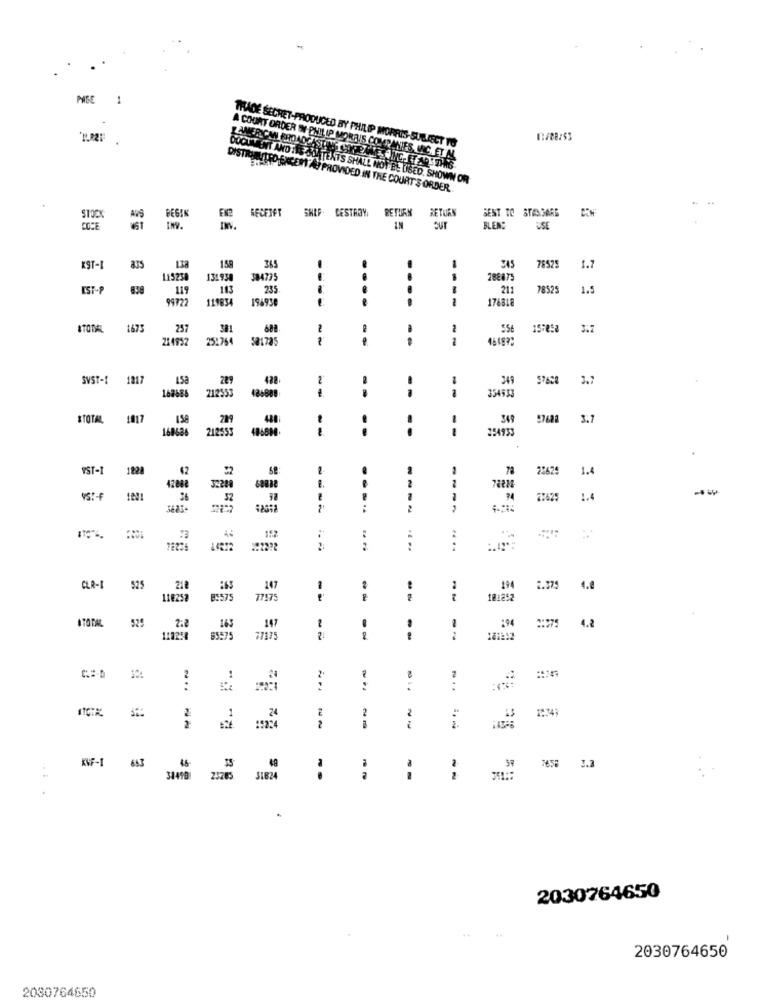
PSC
1
TRADE SECRET-PRODUCED BY PHILIP MORRIS-SUBJECT TO
A COURT ORDER IN PHILIP MORRIS COMPANIES INC. ET ML
DOCUMENT ANDTHE SUNTEXTS SHALL NOT EL LISED. SHOWN OR
HORACERTA PROVIDED IN THE COURT'S ORDER ..
BEGIN
RECEIPT
SHEF. CESTROY
RETURN
RETURN
SENT TO STARSARE
STOCK
A75
COSE
IN
BLEN
USE
158
75575
KST-
835
365
1.7
115238
131.938
384775
788475
IST-P
119
143
235
211
78525
1.5
99777
119834
194930
174811
ATOTAL
1675
257
2
157858
3.7
214932
25:264
501785
1
SVST -!
1217
1.58
289
428
349
3.7
162686
212353
426888
--
-1
354533
S TOTAL
1817
158
48
1
349
57682
3.7
168636
212553
48688
--
..
..
1
25493
VST-
1828
42
78
25629
1.4
--
2
42088
3221
--
32
74
22625
1.4
:
2
157
....
CUR-1
525
218
147
194
2.375
4.0
118252
8:575
77175
--
10:252
TOTAL
529
147
2:2
165
2:275
4.2
112258
85575
27175
--
1
...
...
2
24
2
KWF-1 643
55
49
2
23205
a
--
...
2030764650
2030764650
2030764650